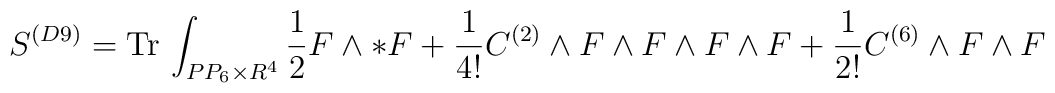
S^{(D9)} = {\rm Tr}\, \int_{PP_6\times R^4} \frac{1}{2}F\wedge *F +\frac{1}{4!} C^{(2)}\wedge F\wedge F\wedge F\wedge F + \frac{1}{2!}C^{(6)}\wedge F\wedge F